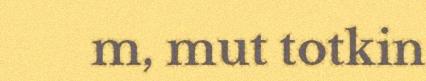
m, mut totkin